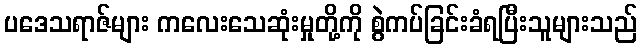
ပဒေသရာဇ်များ ကလေးသေဆုံးမှုတို့ကို စွဲကပ်ခြင်းခံရပြီးသူများသည်